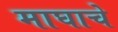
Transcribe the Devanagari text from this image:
माघाचे